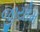
જીયોમ